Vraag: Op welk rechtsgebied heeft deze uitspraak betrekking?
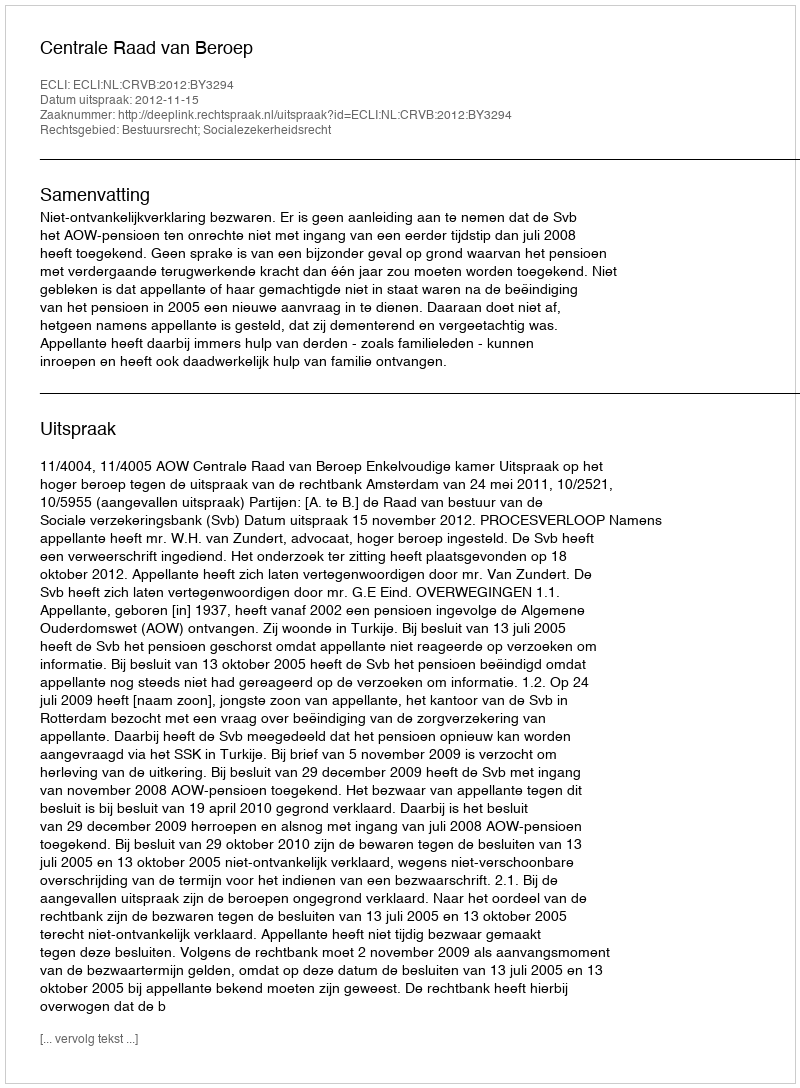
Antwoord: Bestuursrecht; Socialezekerheidsrecht